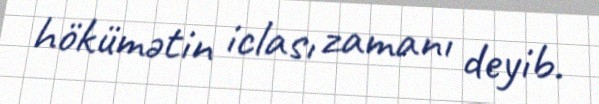
hökümətin iclası zamanı deyib.